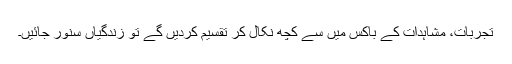
تجربات، مشاہدات کے باکس میں سے کچھ نکال کر تقسیم کردیں گے تو زندگیاں سنور جائیں۔